Civil Veterinary Department. United Provinces 1912-22 - 1912-1922
Year: 1912
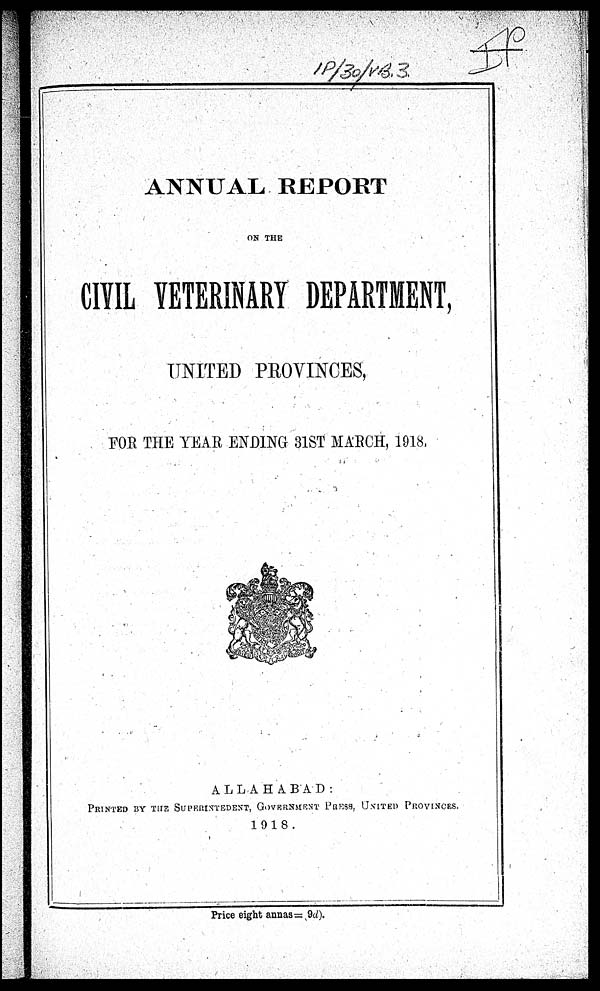
ANNUAL REPORT
ON THE
CIVIL VETERINARY DEPARTMENT,
UNITED PROVINCES,
FOR THE YEAR ENDING 31ST MARCH, 1918,
ALLAHABAD:
PRINTED BY THE SUPERINTEDENT, GOVERNMENT- PRESS, UNITED PROVINCES.
1918.
Price eight annas = 9d).